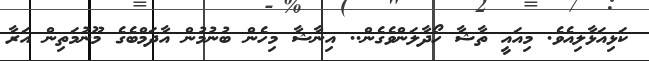
ކަޅިއަޅާލިއެވެ. މިއައީ ތާޝާ ހޯދާލަންވެގެން.. އިނާޝާ މިހެން ބުނުމުން އާދަމްބެގެ މޫނުމަތިން އަރާ